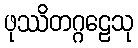
ဖုဿိတဂ္ဂဠေသု